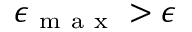
\epsilon _ { \mathrm { ~ m ~ a ~ x ~ } } > \epsilon